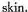
skin.